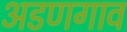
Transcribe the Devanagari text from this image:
अडणगाव